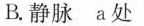
B.静脉 a处